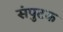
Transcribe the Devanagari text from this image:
संपुटक